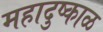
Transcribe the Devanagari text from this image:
महादुष्काळ